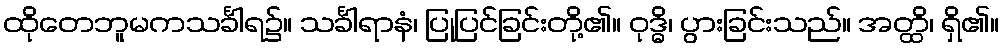
ထိုတေဘူမကသင်္ခါရ၌။ သင်္ခါရာနံ၊ ပြုပြင်ခြင်းတို့၏။ ဝုဒ္ဓိ၊ ပွားခြင်းသည်။ အတ္ထိ၊ ရှိ၏။